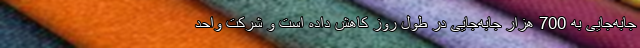
جابه‌جایی به 700 هزار جابه‌جایی در طول روز کاهش داده است و شرکت واحد